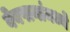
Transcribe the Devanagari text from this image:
वेबपानांमध्ये